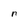
Character: n